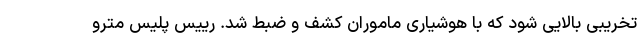
تخریبی بالایی شود که با هوشیاری ماموران کشف و ضبط شد. رییس پلیس مترو